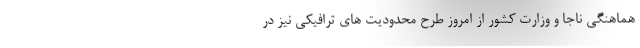
هماهنگی ناجا و وزارت کشور از امروز طرح محدودیت های ترافیکی نیز در